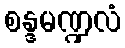
စန္ဒမဏ္ဍလံ